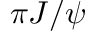
\pi J / \psi